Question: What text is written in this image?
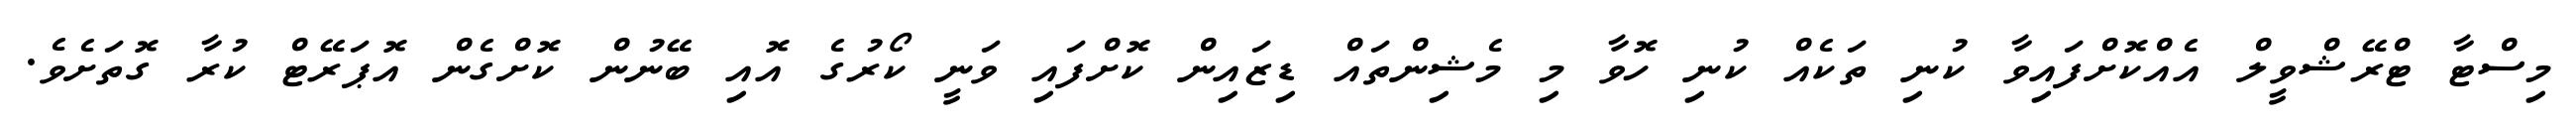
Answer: މިސްޓާ ޓްރޭޝްވީލް އެއްކޮށްފައިވާ ކުނި ތަކެއް ކުނި ހޮވާ މި މެޝިންތައް ޑިޒައިން ކޮށްފައި ވަނީ ކޯރުގެ އޮއި ބޭނުން ކޮށްގެން އޮޕަރޭޓް ކުރާ ގޮތަށެވެ.